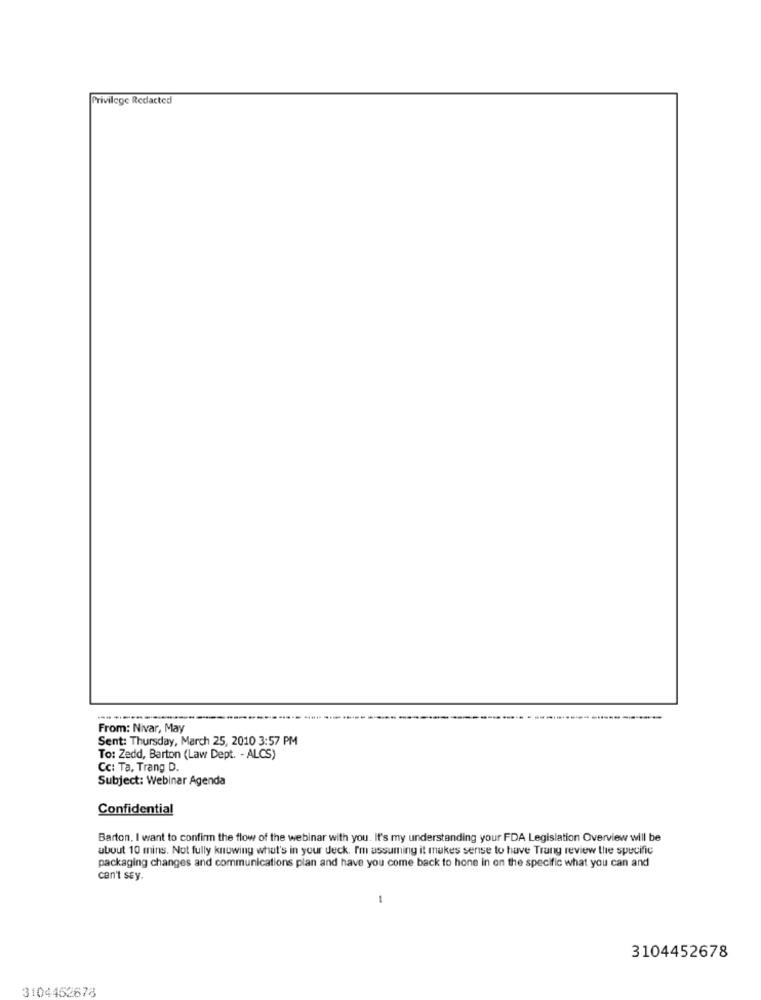
Privilege Redacted
------
From: Nivar, May
Sent: Thursday, March 25, 2010 3:57 PM
To: Zedd, Barton (Law Dept. - ALCS)
Cc: Ta, Trang D.
Subject: Webinar Agenda
Confidential
Barton. I want to confirm the flow of the webinar with you. It's my understanding your FDA Legislation Overview will be
about 10 mins. Not fully knowing what's in your deck. Im assuming it makes sense to have Trang review the specific
packaging changes and communications plan and have you come back to hone in on the specific what you can and
can't sey.
3104452678
3104452678